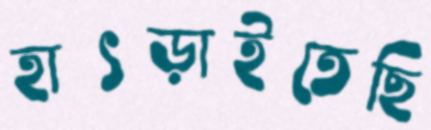
হাৎড়াইতেছি